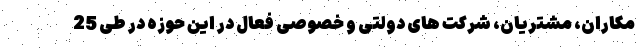
مکاران، مشتریان، شرکت های دولتی و خصوصی فعال در این حوزه در طی 25